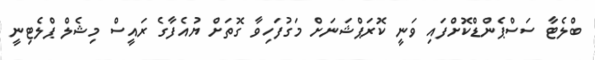
ބްލެޓާ ސަސްޕެންޑްކޮށްފައި ވަނީ ކޮރަޕްޝަނަށް މަގުފަހިވާ ގޮތަށް ޔުއެފާގެ ރައީސް މިޝެލް ޕްލެޓިނީ